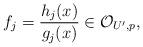
LaTeX: \begin{align*} f_j = \frac{h_j(x)}{g_j(x)} \in \mathcal{O}_{U', p} ,\end{align*}